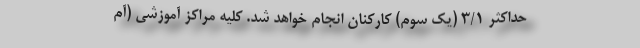
حداکثر 3/1 (یک سوم) کارکنان انجام خواهد شد. کلیه مراکز آموزشی (آم